Vaccination in Bombay 1924-1928 - 1924-1928
Year: 1924
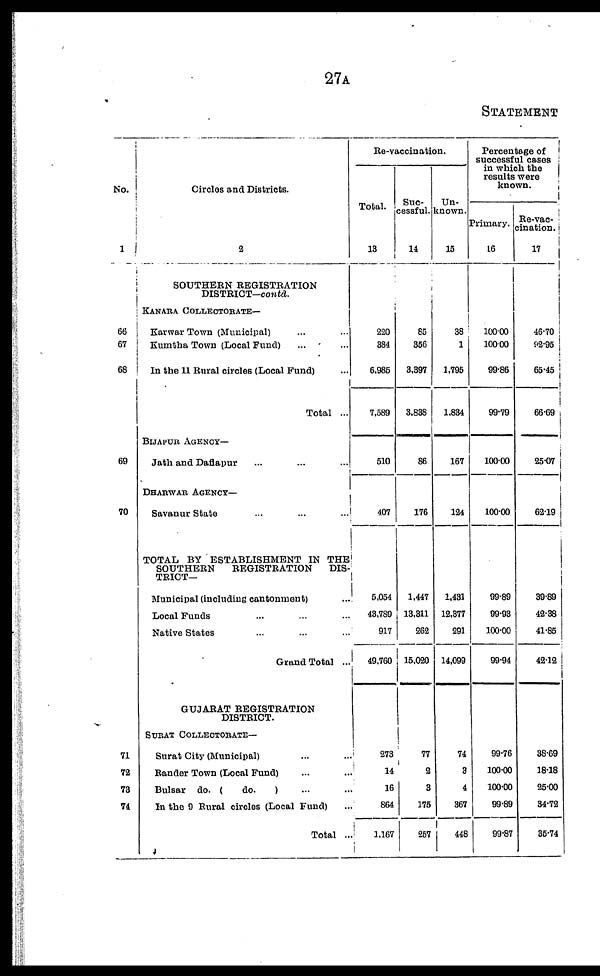
27A
STATEMENT
No.
1
66
67
68
69
70
71
72
73
74
Circles and Districts.
2
SOUTHERN REGISTRATION
DISTRICT—contd.
KANARA COLLECTORATE—
Karwar Town (Municipal) ... ...
Kumtha Town (Local Fund) ... ...
In the 11 Rural circles (Local Fund) ...
Total ...
BIJAPUR AGENCY—
Jath and Daflapur ... ... ...
DHARWAR AGENCY—
Savanur State ... ... ...
TOTAL BY ESTABLISHMENT IN THE
SOUTHERN
REGISTRATION
DIS-
TRICT—
Municipal (including cantonment) ...
Local Funds ... ... ...
Native States ... ... ...
Grand Total ...
GUJARAT REGISTRATION
DISTRICT.
SURAT COLLECTORATE—
Surat City (Municipal) ... ...
Rander Town (Local Fund) ... ...
Bulsar do. (
do.
) ... ...
In the 9 Rural circles (Local Fund) ...
Total ...
Re-vaccination.
Total.
13
220
384
6,985
7,589
510
407
5,054
43,789
917
49,760
273
14
16
864
1,167
Suc-
cessful.
14
65
356
3,397
3,838
86
176
1,447
13,311
262
15,020
77
2
3
175
257
Un-
known.
15
38
1
1,795
1,834
167
124
1,431
12,377
291
14,099
74
3
4
367
448
Percentage of
successful cases
in which the
results were
known.
Primary.
16
100.00
100.00
99.86
99.79
100.00
100.00
99.89
99.93
100.00
99.94
99.76
100.00
100.00
99.89
99.87
Re-vac¬
cination.
17
46.70
92.95
65.45
66.69
25.07
62.19
39.89
42.38
41.85
42.12
38.69
18.18
25.00
34.72
35.74